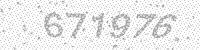
Solution: 671976